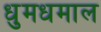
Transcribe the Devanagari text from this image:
धुमधमाल